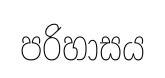
පරිහාසය